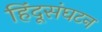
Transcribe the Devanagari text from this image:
हिंदूसंघटन